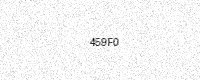
Text: 459F0